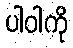
ပါဝါကို